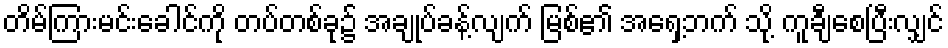
တိမ်ကြားမင်းခေါင်ကို တပ်တစ်ခု၌ အချုပ်ခန့်လျက် မြစ်၏ အရှေ့ဘက် သို့ ကူချီစေပြီးလျှင်